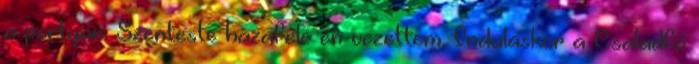
a portyán. Szenteste hazafelé én vezettem. Induláskor a Családfő